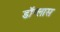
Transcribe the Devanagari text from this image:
डॉग्लास